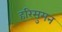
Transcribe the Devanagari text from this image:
हरिसुमन